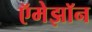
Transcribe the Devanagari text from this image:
ऍमेझॉन